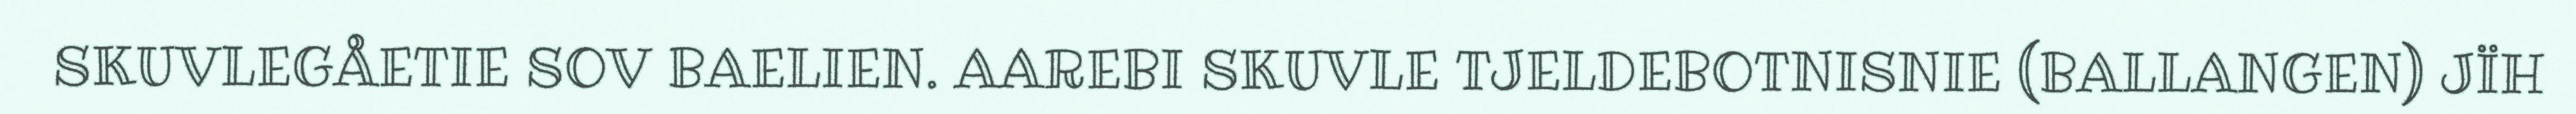
SKUVLEGÅETIE SOV BAELIEN. AAREBI SKUVLE TJELDEBOTNISNIE (BALLANGEN) JÏH